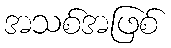
အသစ်အဖြစ်